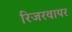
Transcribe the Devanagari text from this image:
रिजरवायर